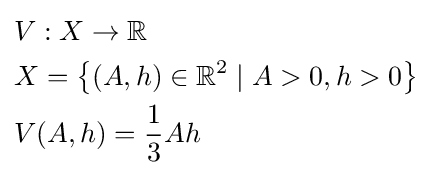
{\begin{aligned}&V:X\to \mathbb {R} \\&X=\left\{(A,h)\in \mathbb {R} ^{2}\mid A>0,h>0\right\}\\&V(A,h)={\frac {1}{3}}Ah\end{aligned}}